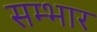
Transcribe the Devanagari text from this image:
सम्भार